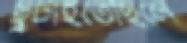
ছুটাইতেছিলে